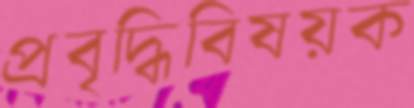
প্রবৃদ্ধিবিষয়ক